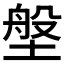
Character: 𪤈